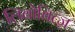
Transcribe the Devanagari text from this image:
लिबोबित्ज़